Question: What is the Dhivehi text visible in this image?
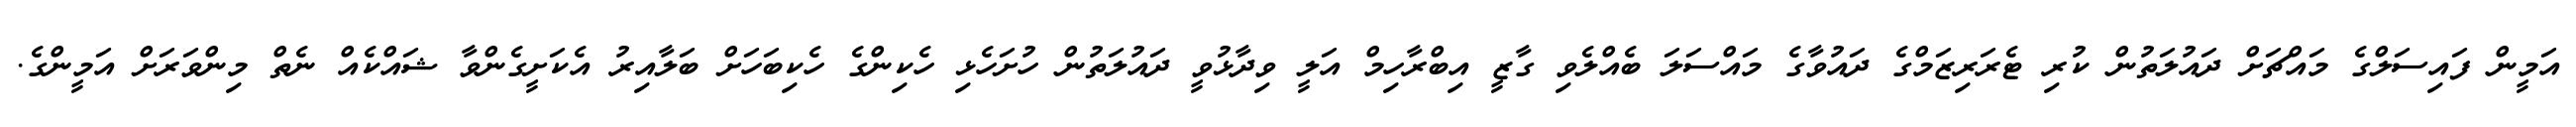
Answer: އަމީން ފައިސަލްގެ މައްޗަށް ދައުލަތުން ކުރި ޓެރަރިޒަމްގެ ދައުވާގެ މައްސަލަ ބެއްލެވި ގާޒީ އިބްރާހިމް އަލީ ވިދާޅުވީ ދައުލަތުން ހުށަހެޅި ހެކިންގެ ހެކިބަހަށް ބަލާއިރު އެކަށީގެންވާ ޝައްކެއް ނެތް މިންވަރަށް އަމީންގެ.